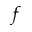
f